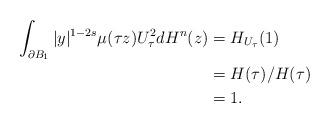
LaTeX: \begin{align*}\int_{\partial B_1}|y|^{1-2s}\mu(\tau z)U^2_\tau dH^n(z)&=H_{U_\tau}(1)\\&=H(\tau)/H(\tau)\\&=1.\end{align*}